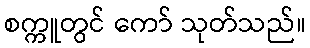
စက္ကူတွင် ကော် သုတ်သည်။